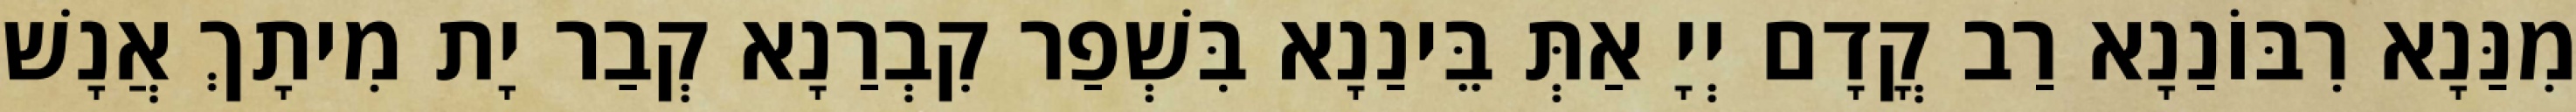
מִנַּנָא רִבּוֹנַנָא רַב קֳדָם יְיָ אַתְּ בֵּינַנָא בִּשְׁפַר קִבְרַנָא קְבַר יָת מִיתָךְ אֲנָשׁ